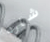
شارد